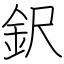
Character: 鈬